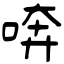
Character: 喯